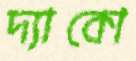
দ্যাকো